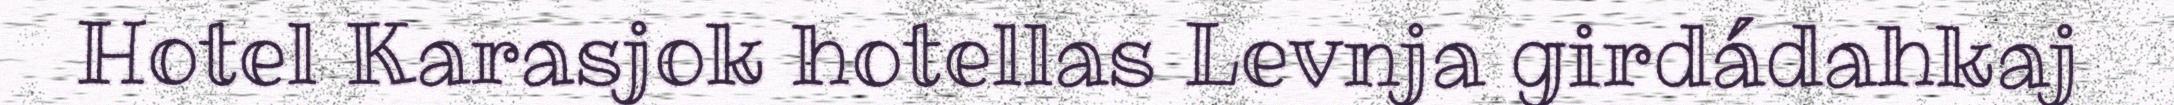
Hotel Karasjok hotellas Levnja girdádahkaj